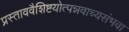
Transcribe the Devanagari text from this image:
प्रस्ताववैशिष्टयोत्पन्नवाच्यसंभवा